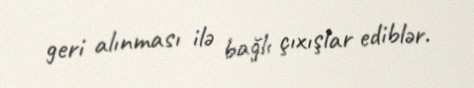
geri alınması ilə bağlı çıxışlar ediblər.